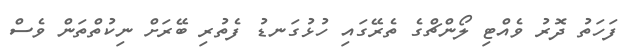
ފަހަތު ދޮރު ވެއްޓި ލޯންޗްގެ ތެރޭގައި ހުޅުގަނޑު ފެތުރި ބޭރަށް ނިކުތްތަން ވެސް